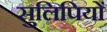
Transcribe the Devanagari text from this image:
सुलिपियों